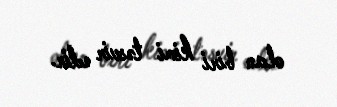
olan biri kimi təsvir edir.